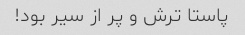
پاستا ترش و پر از سیر بود!